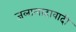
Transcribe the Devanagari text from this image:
जलालादावादी